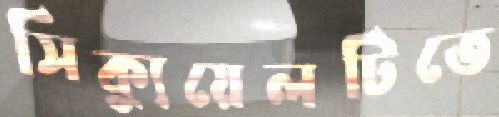
সিক্যুয়েলটিতে